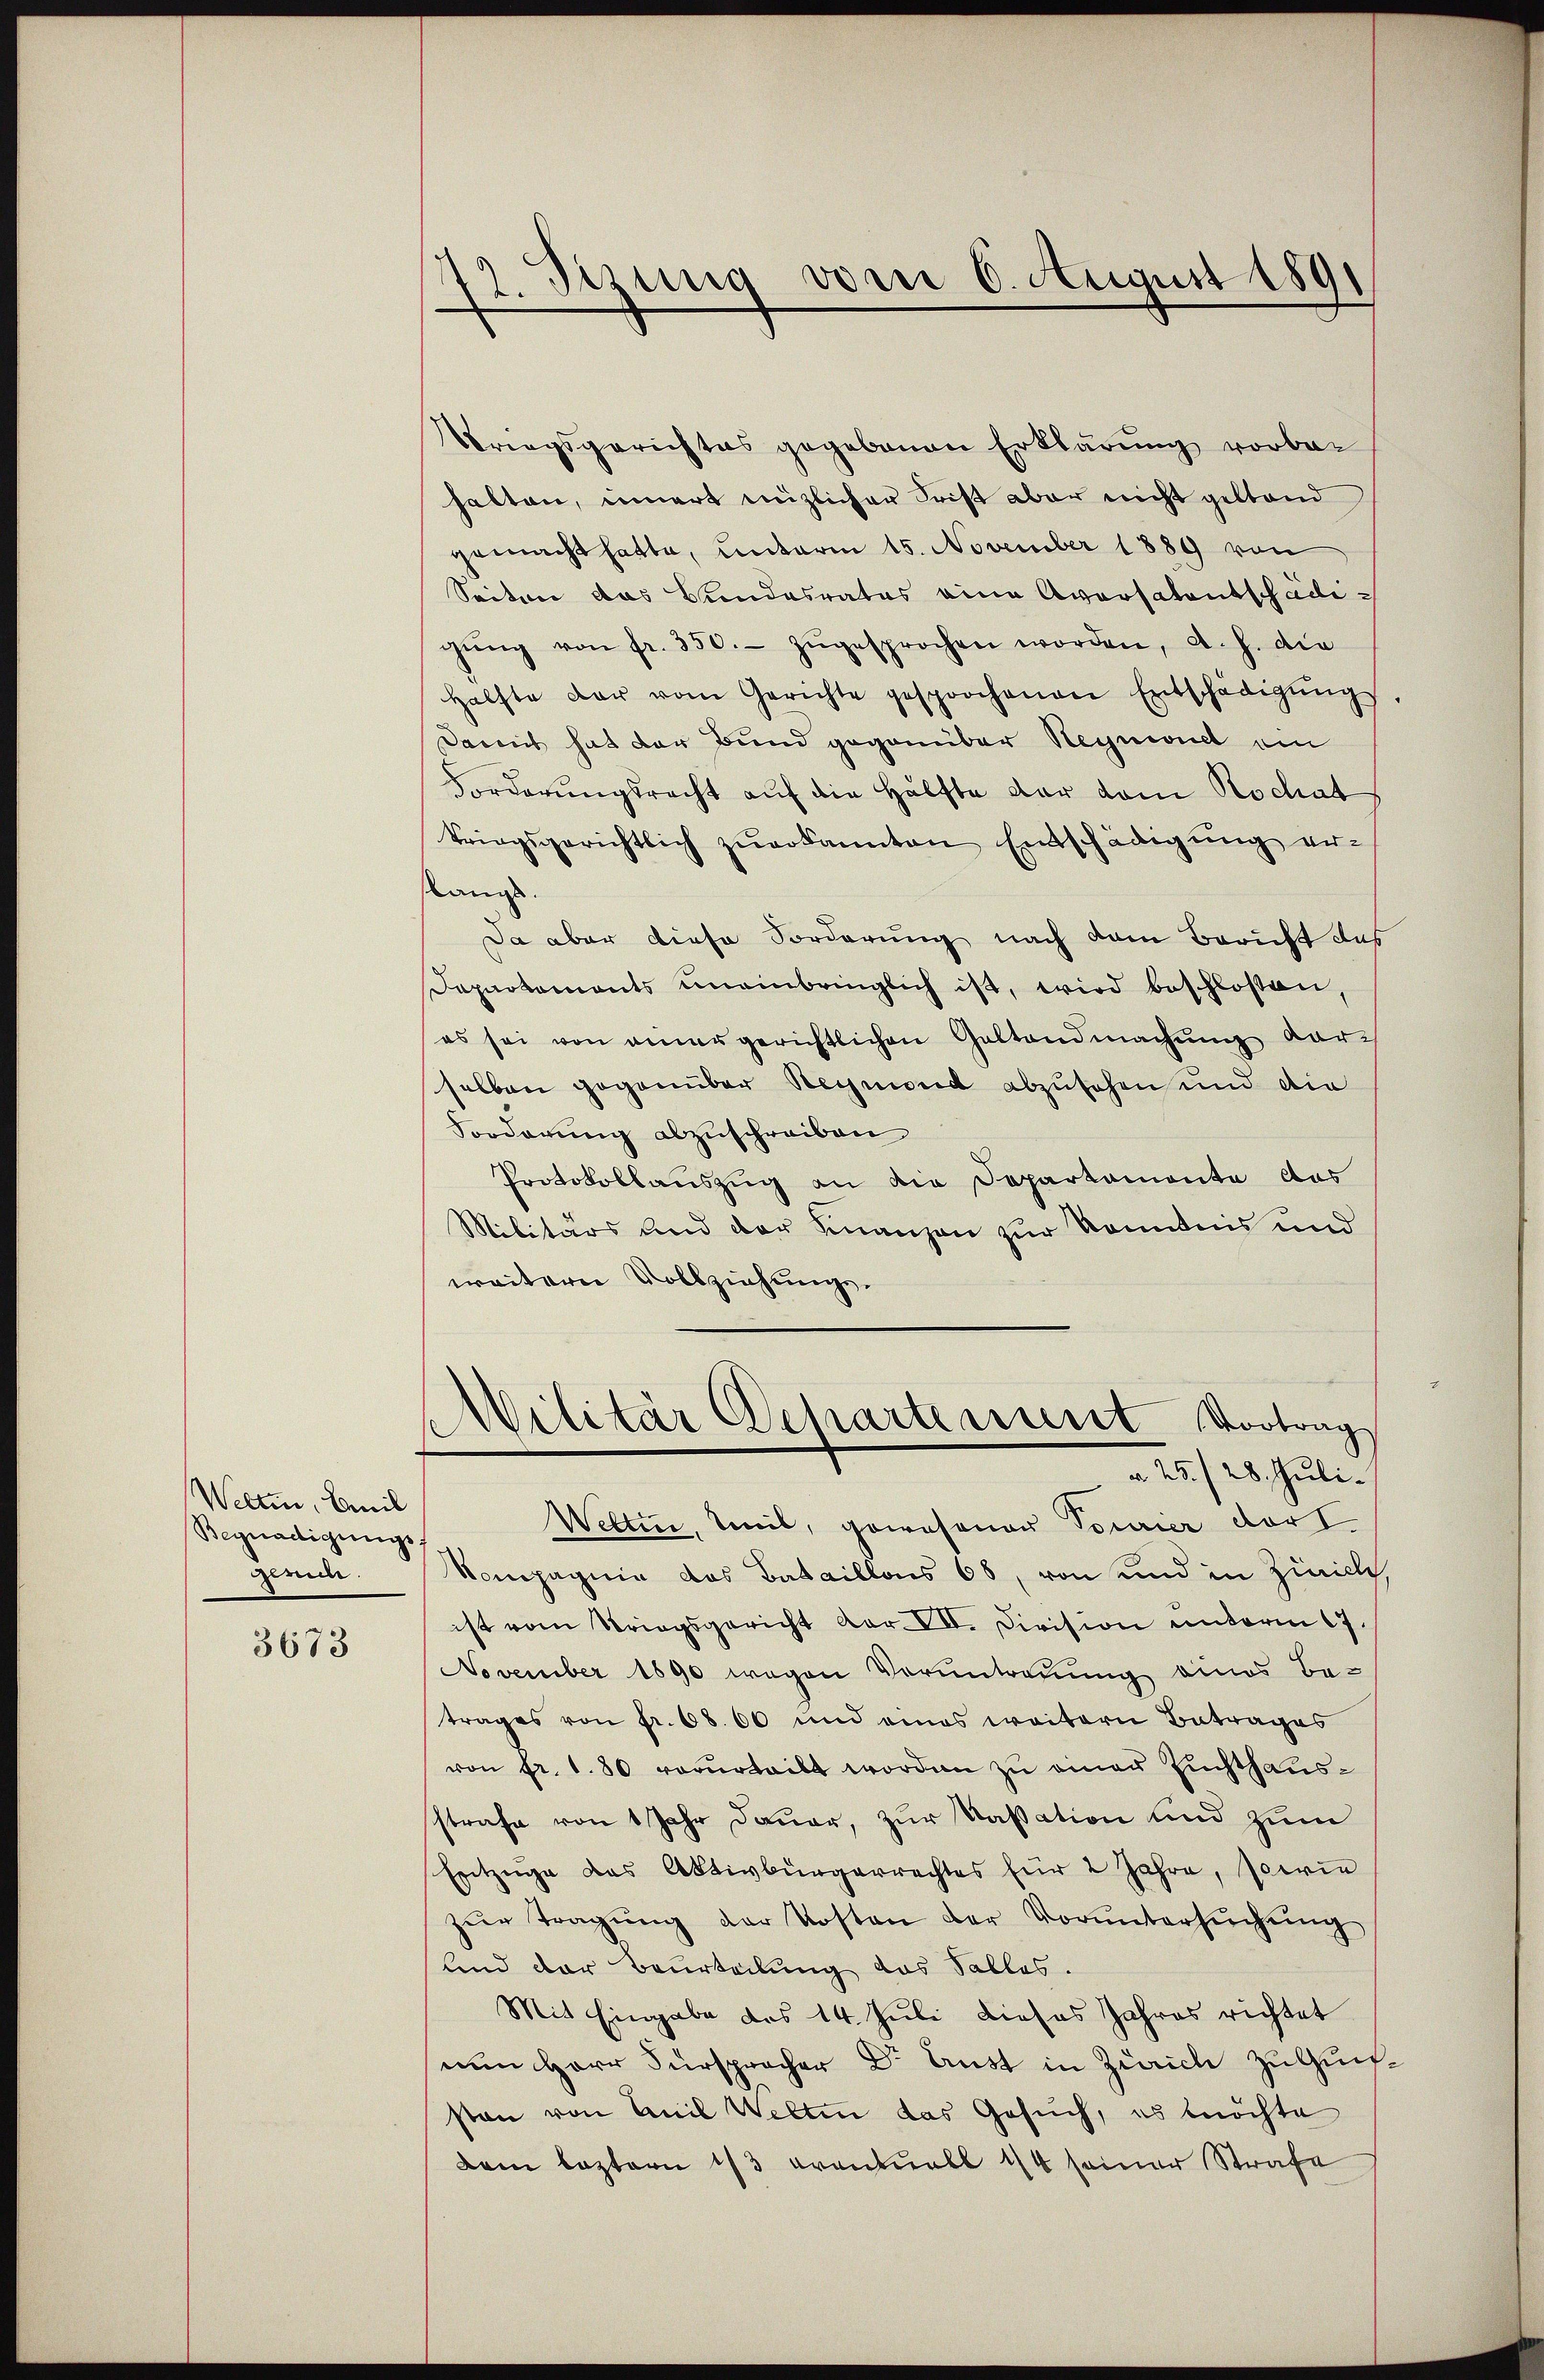
Welten, Emil
Begnadigungs
Geruch.

3673

Stzung vom 6. August 1891
22.

Vriegsgerichtes gegebenen Erklärung vorbehalten, innert müzlicher Frist aber nicht geltend
gemacht hatte, unterm 15. November 1889 von
Seiten des Bundesrates eine Aversatentschädigŭng von fr. 350.- zŭgesprochen worden, d. h. die
Hälfte der vom Gerichte gesprochenen Entschädigŭng
Damit hat der Bund gegenüber Hegnend ein
Forderungsrecht auf die Hälfte dar vom Rochat
triegsgerichtlich zŭerkannten Entschädigŭng er-
slangs.
Da aber diese Forderung nach dem Bericht das
Departements uneinbringlich ist, wird beschlossen,
es sei von einer gerichtlichen Geltendmachung dar
selben gegenüber Reymond abzusehen und die
Forderung abzuschreiben
Protokollauszug an die Departemonte das
Militärs und der Finanzen zur Kenntnis und
weitern Vollziehungs¬
Militär Departement Vortrag
a. 25. 28. Juli.
Wetten, teil, gewesenen Tourier dort
Kompagnie das Bataillonis 68, von und in Zinicle,
ist vom Striegsgericht Aar. VII. Division unterm 17.
November 1890 wegen Veruntreuung eines Betrages von fr. 68. 60 und eines weitern Betrages
von fr. 180 vorurteilt worden zu einer Zuchthausstrafe von 1 Jahr Dauer, zur Kassation und zum
Entzuge das Aktivbürgerrechtes für 2 Jahre, sowie
zŭr Tragŭng der Kosten der Vorŭntersŭchŭng
Und der Beurteilung das Salles.
Mit Eingabe des 14. Juli dieses Jahres richtet
nun Herr Fürspracher Dr. Aust in Zürich zu Gunfsten von Emil Welten das Gesuch, es möchte
dem leztern 1/3 Frantuell 14 seiner Strafe